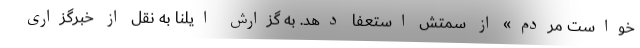
خواست مردم» از سمتش استعفا دهد. به گزارش ایلنا به نقل از خبرگزاری